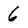
Character: 6